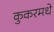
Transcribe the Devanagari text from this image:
कुकरमधे